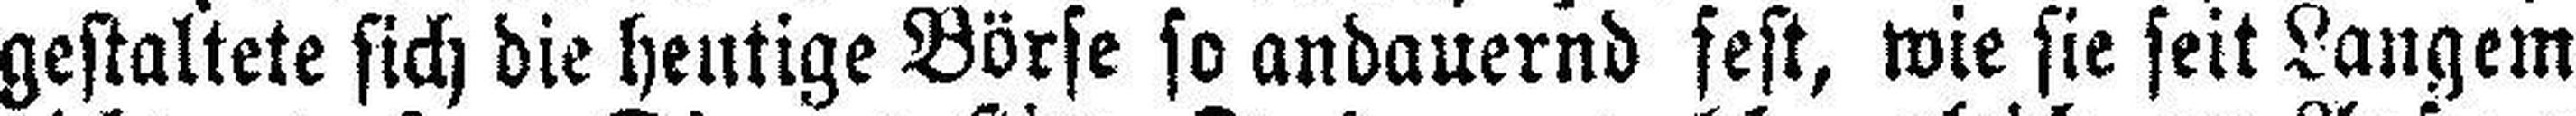
gestaltete sich die heutige Börse so andauernd fest, wie sie seit Langem